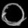
Digit: ၀